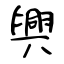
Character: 興